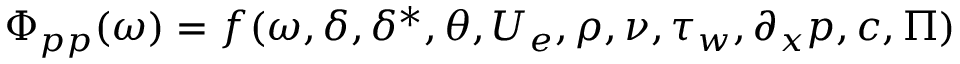
\Phi _ { p p } ( \omega ) = f ( \omega , \delta , \delta ^ { * } , \theta , U _ { e } , \rho , \nu , \tau _ { w } , \partial _ { x } p , c , \Pi )